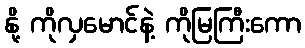
နို့ ကိုလှမောင်နဲ့ ကိုမြကြီးကော